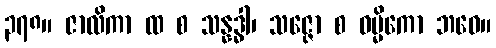
၃၇၈။ ဇာလိကာ ထ စ သန္နဒ္ဓါ၊ သဇ္ဇော စ ဝမ္မိကော ဘဝေ။